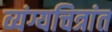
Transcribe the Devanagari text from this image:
व्यंग्यचित्रांत